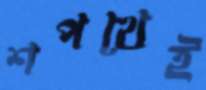
শপথেই